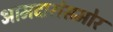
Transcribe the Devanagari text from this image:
आमदारांसमोर